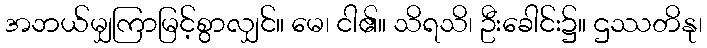
အဘယ်မျှကြာမြင့်စွာလျှင်။ မေ၊ ငါ၏။ သိရသိ၊ ဦးခေါင်း၌။ ဌဿတိနု၊